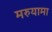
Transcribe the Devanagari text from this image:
मरुयामा